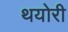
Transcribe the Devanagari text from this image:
थयोरी